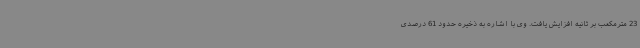
23 مترمکعب بر ثانیه افزایش یافت. وی با اشاره به ذخیره حدود 61 درصدی